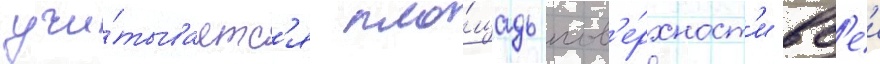
учи́тываетс'я пло́щадь пов'е́рхност'и вс'еи